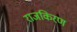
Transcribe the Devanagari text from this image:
राजकिरण